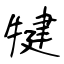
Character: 犍